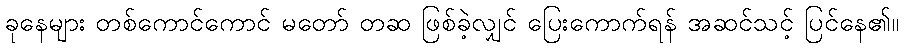
ခုနေများ တစ်ကောင်ကောင် မတော် တဆ ဖြစ်ခဲ့လျှင် ပြေးကောက်ရန် အဆင်သင့် ပြင်နေ၏။